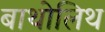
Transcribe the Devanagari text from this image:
बाथोलिथ